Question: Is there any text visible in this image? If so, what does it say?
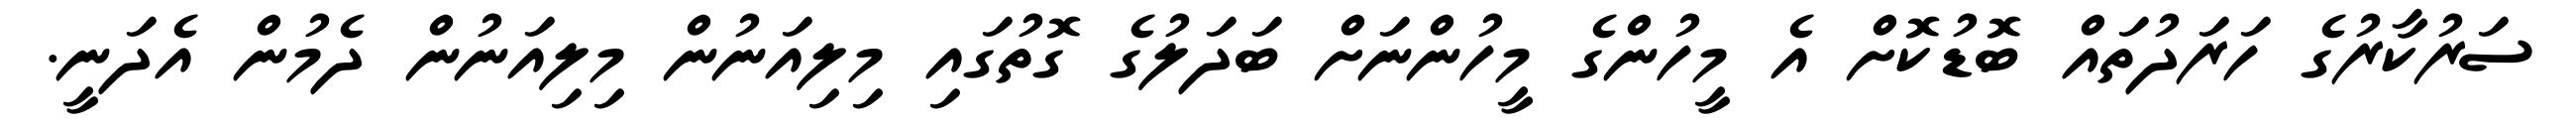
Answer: ސަރުކާރުގެ ހަރަދުތައް ބޮޑުކޮށް އެ މީހުންގެ މީހުންނަށް ބަދަލުގެ ގޮތުގައި މިލިއަނުން މިލިއަނުން ދެމުން އެދަނީ.